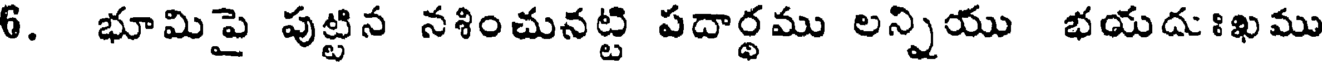
6. భూమిపై పుట్టిన నశించునట్టి పదార్థము లన్నియు భయదుఃఖము